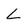
Character: L